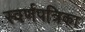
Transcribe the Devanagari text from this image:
स्वर्णपत्रिका